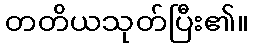
တတိယသုတ်ပြီး၏။